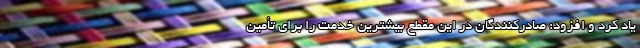
یاد کرد و افزود: صادرکنندگان در این مقطع بیشترین خدمت را برای تأمین